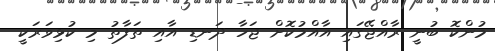
މުންކޮ ބުނީ ރާއްޖޭގައި އާއްމުކޮށް ޖަހާ ދަނޑި އާއި ތަފާތު މި ކުޅިވަރަކީ